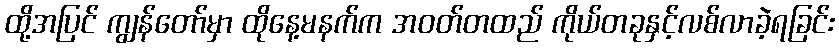
ထို့အပြင် ကျွန်တော်မှာ ထိုနေ့မနက်က အဝတ်တထည် ကိုယ်တခုနှင့်လစ်လာခဲ့ရခြင်း